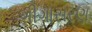
ગીગાસરણ